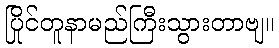
ပြိုင်တူနာမည်ကြီးသွားတာဗျ။